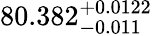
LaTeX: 80.382_{-0.011}^{+0.0122}